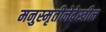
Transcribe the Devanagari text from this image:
मनुस्मृतीनेदेखील